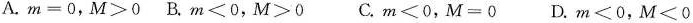
A.$$m = 0$$，$$M ＞ 0$$ B.$$m < 0$$，$$M > 0$$ C.$$m < 0$$，$$M = 0$$ D.$$m ＜ 0$$，$$M < 0$$